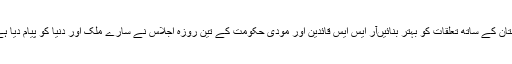
موہن بھاگوت نے مودی حکومت سے کہا اپنے بھائی ’’پاکستان کے ساتھ تعلقات کو بہتر بنائیںآر ایس ایس قائدین اور مودی حکومت کے تین روزہ اجلاس نے سارے ملک اور دنیا کو پیام دیا ہے کہ حکومت ریموٹ کنٹرول کے ذریعہ چلائی جارہی ہے۔